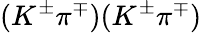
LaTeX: (K^{\pm}\pi^{\mp})(K^{\pm}\pi^{\mp})